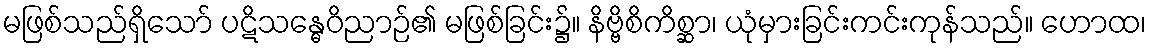
မဖြစ်သည်ရှိသော် ပဋိသန္ဓေဝိညာဉ်၏ မဖြစ်ခြင်း၌။ နိဗ္ဗိစိကိစ္ဆာ၊ ယုံမှားခြင်းကင်းကုန်သည်။ ဟောထ၊